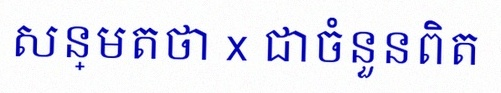
សន្មតថា x ជាចំនួនពិត